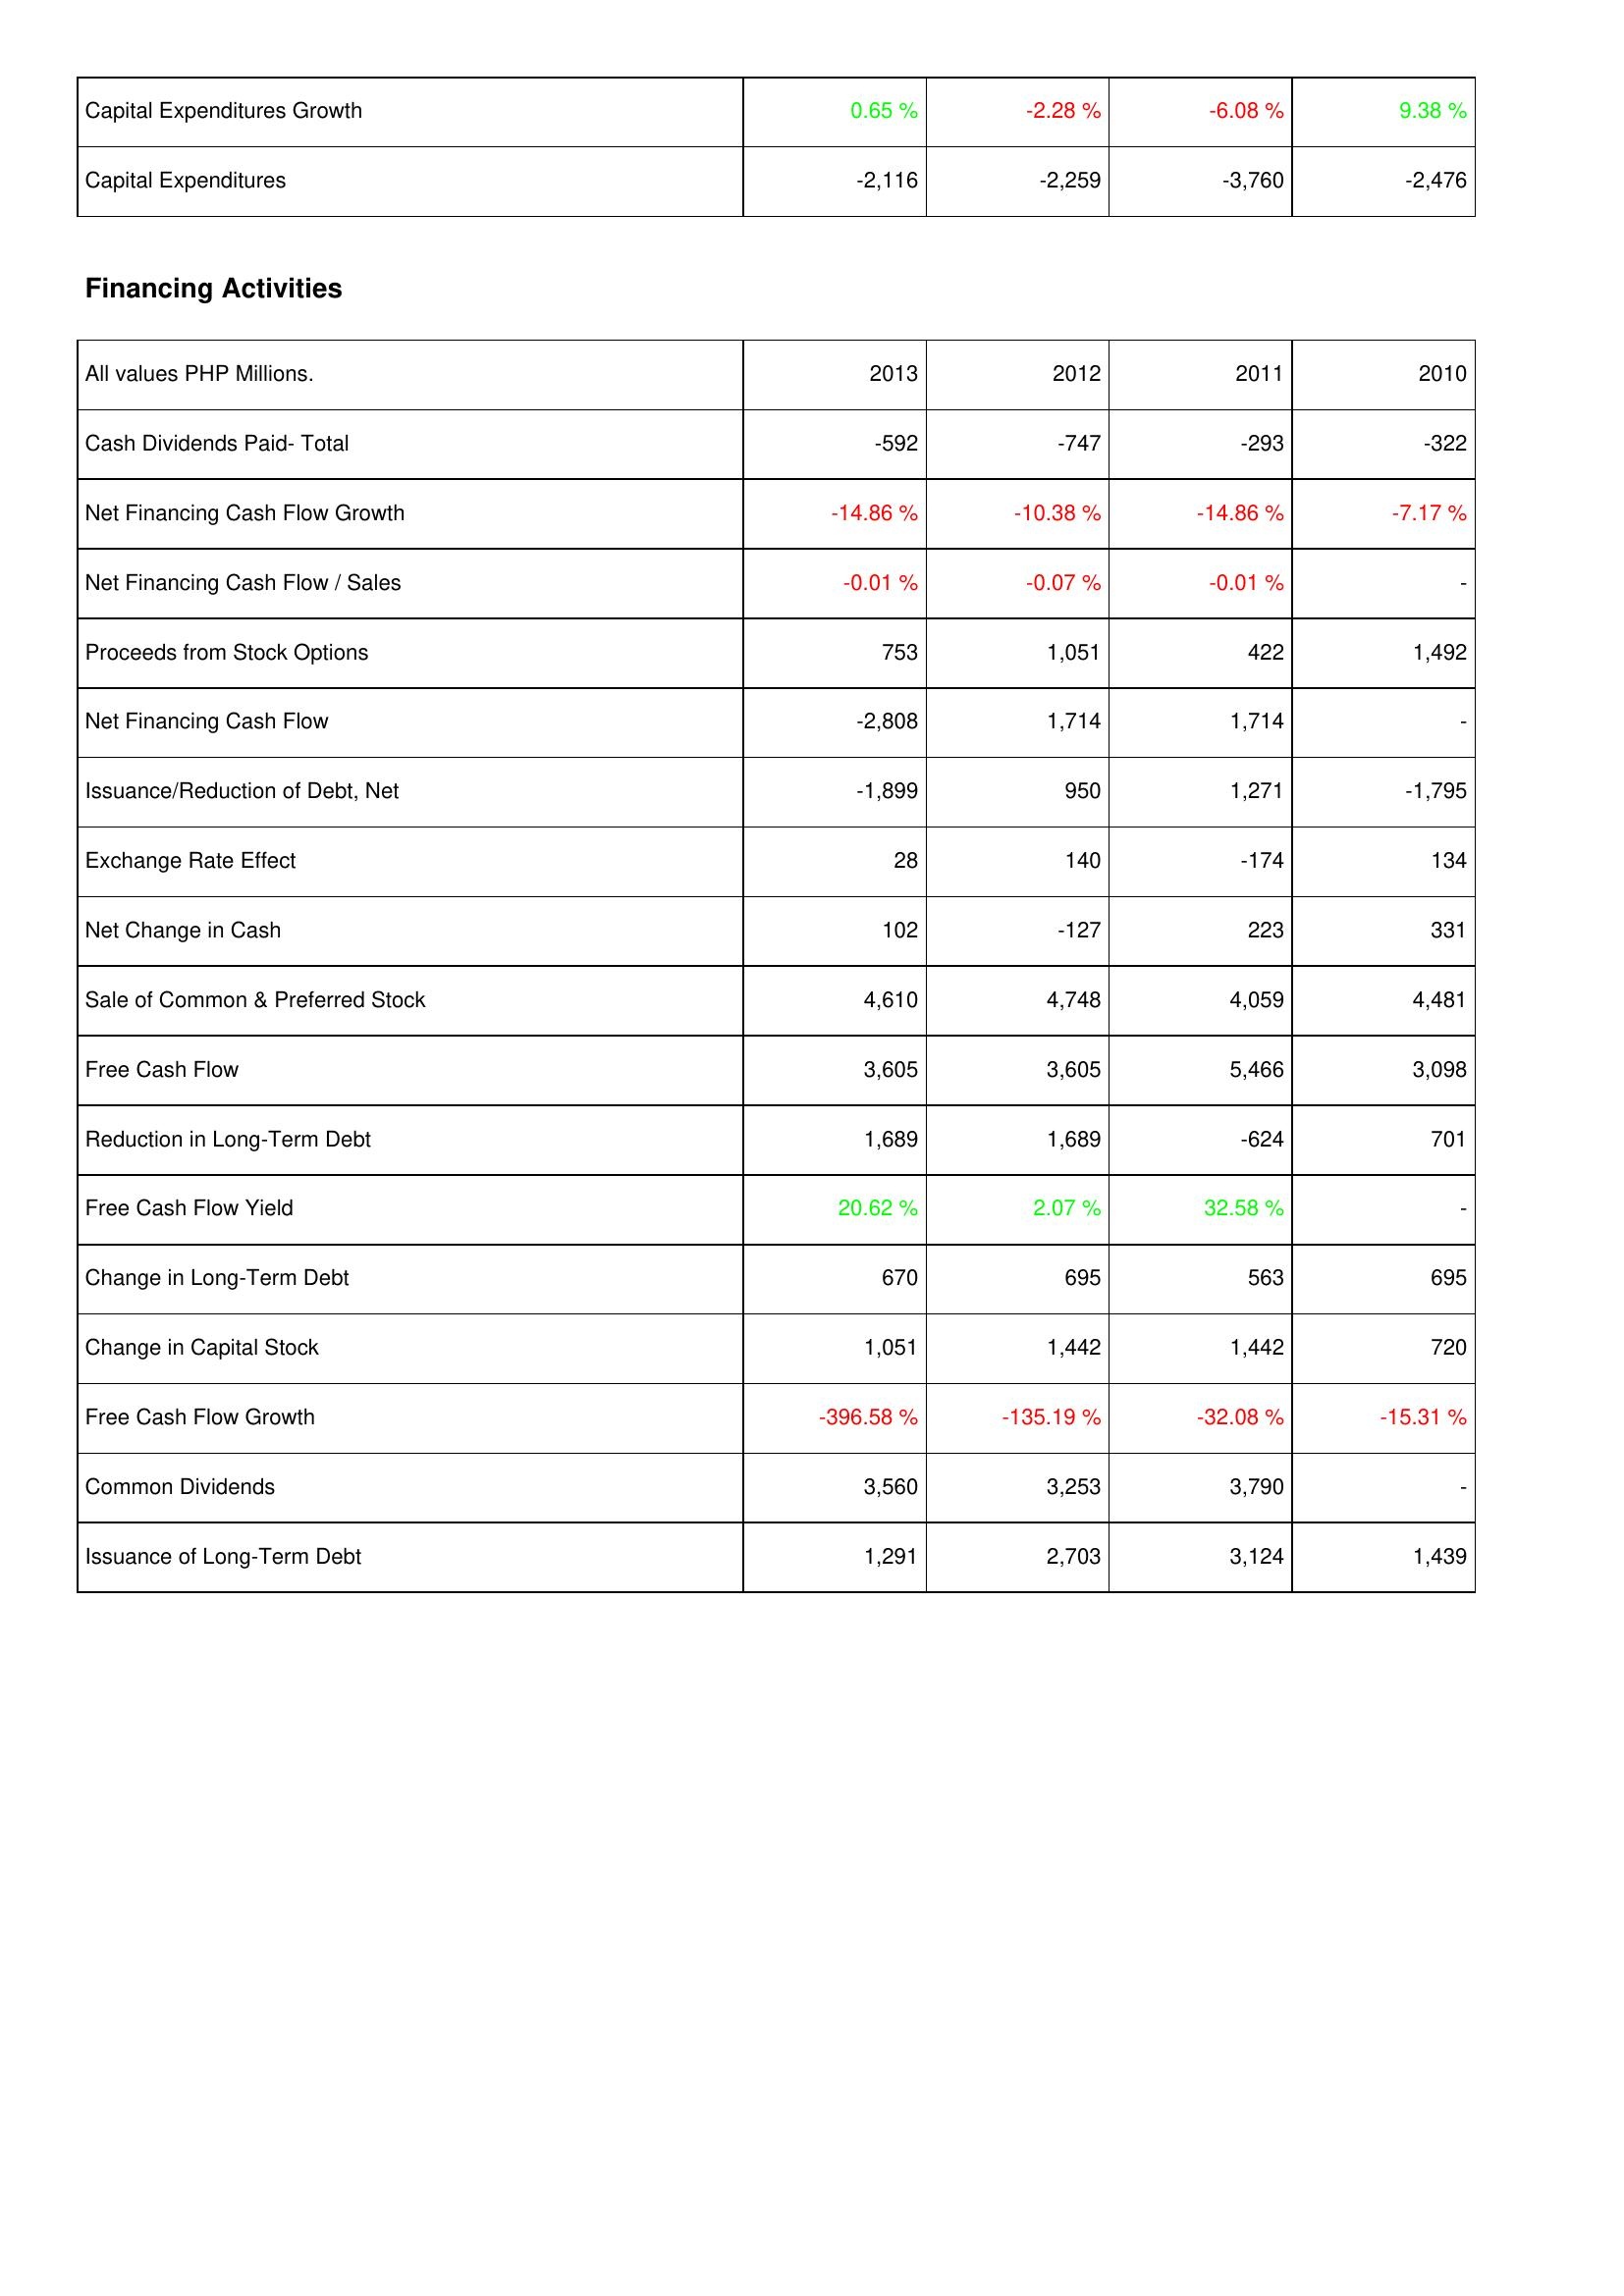
2013: Investing Activities: Capital Expenditures Growth: 0.65 %
Capital Expenditures: -2,116
Financing Activities: Cash Dividends Paid- Total: -592
Net Financing Cash Flow Growth: -14.86 %
Net Financing Cash Flow / Sales: -0.01 %
Proceeds from Stock Options: 753
Net Financing Cash Flow: -2,808
Issuance/Reduction of Debt, Net: -1,899
Exchange Rate Effect: 28
Net Change in Cash: 102
Sale of Common & Preferred Stock: 4,610
Free Cash Flow: 3,605
Reduction in Long-Term Debt: 1,689
Free Cash Flow Yield: 20.62 %
Change in Long-Term Debt: 670
Change in Capital Stock: 1,051
Free Cash Flow Growth: -396.58 %
Common Dividends: 3,560
Issuance of Long-Term Debt: 1,291
2012: Investing Activities: Capital Expenditures Growth: -2.28 %
Capital Expenditures: -2,259
Financing Activities: Cash Dividends Paid- Total: -747
Net Financing Cash Flow Growth: -10.38 %
Net Financing Cash Flow / Sales: -0.07 %
Proceeds from Stock Options: 1,051
Net Financing Cash Flow: 1,714
Issuance/Reduction of Debt, Net: 950
Exchange Rate Effect: 140
Net Change in Cash: -127
Sale of Common & Preferred Stock: 4,748
Free Cash Flow: 3,605
Reduction in Long-Term Debt: 1,689
Free Cash Flow Yield: 2.07 %
Change in Long-Term Debt: 695
Change in Capital Stock: 1,442
Free Cash Flow Growth: -135.19 %
Common Dividends: 3,253
Issuance of Long-Term Debt: 2,703
2011: Investing Activities: Capital Expenditures Growth: -6.08 %
Capital Expenditures: -3,760
Financing Activities: Cash Dividends Paid- Total: -293
Net Financing Cash Flow Growth: -14.86 %
Net Financing Cash Flow / Sales: -0.01 %
Proceeds from Stock Options: 422
Net Financing Cash Flow: 1,714
Issuance/Reduction of Debt, Net: 1,271
Exchange Rate Effect: -174
Net Change in Cash: 223
Sale of Common & Preferred Stock: 4,059
Free Cash Flow: 5,466
Reduction in Long-Term Debt: -624
Free Cash Flow Yield: 32.58 %
Change in Long-Term Debt: 563
Change in Capital Stock: 1,442
Free Cash Flow Growth: -32.08 %
Common Dividends: 3,790
Issuance of Long-Term Debt: 3,124
2010: Investing Activities: Capital Expenditures Growth: 9.38 %
Capital Expenditures: -2,476
Financing Activities: Cash Dividends Paid- Total: -322
Net Financing Cash Flow Growth: -7.17 %
Net Financing Cash Flow / Sales: -
Proceeds from Stock Options: 1,492
Net Financing Cash Flow: -
Issuance/Reduction of Debt, Net: -1,795
Exchange Rate Effect: 134
Net Change in Cash: 331
Sale of Common & Preferred Stock: 4,481
Free Cash Flow: 3,098
Reduction in Long-Term Debt: 701
Free Cash Flow Yield: -
Change in Long-Term Debt: 695
Change in Capital Stock: 720
Free Cash Flow Growth: -15.31 %
Common Dividends: -
Issuance of Long-Term Debt: 1,439